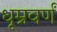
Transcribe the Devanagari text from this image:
धूम्रवर्णं